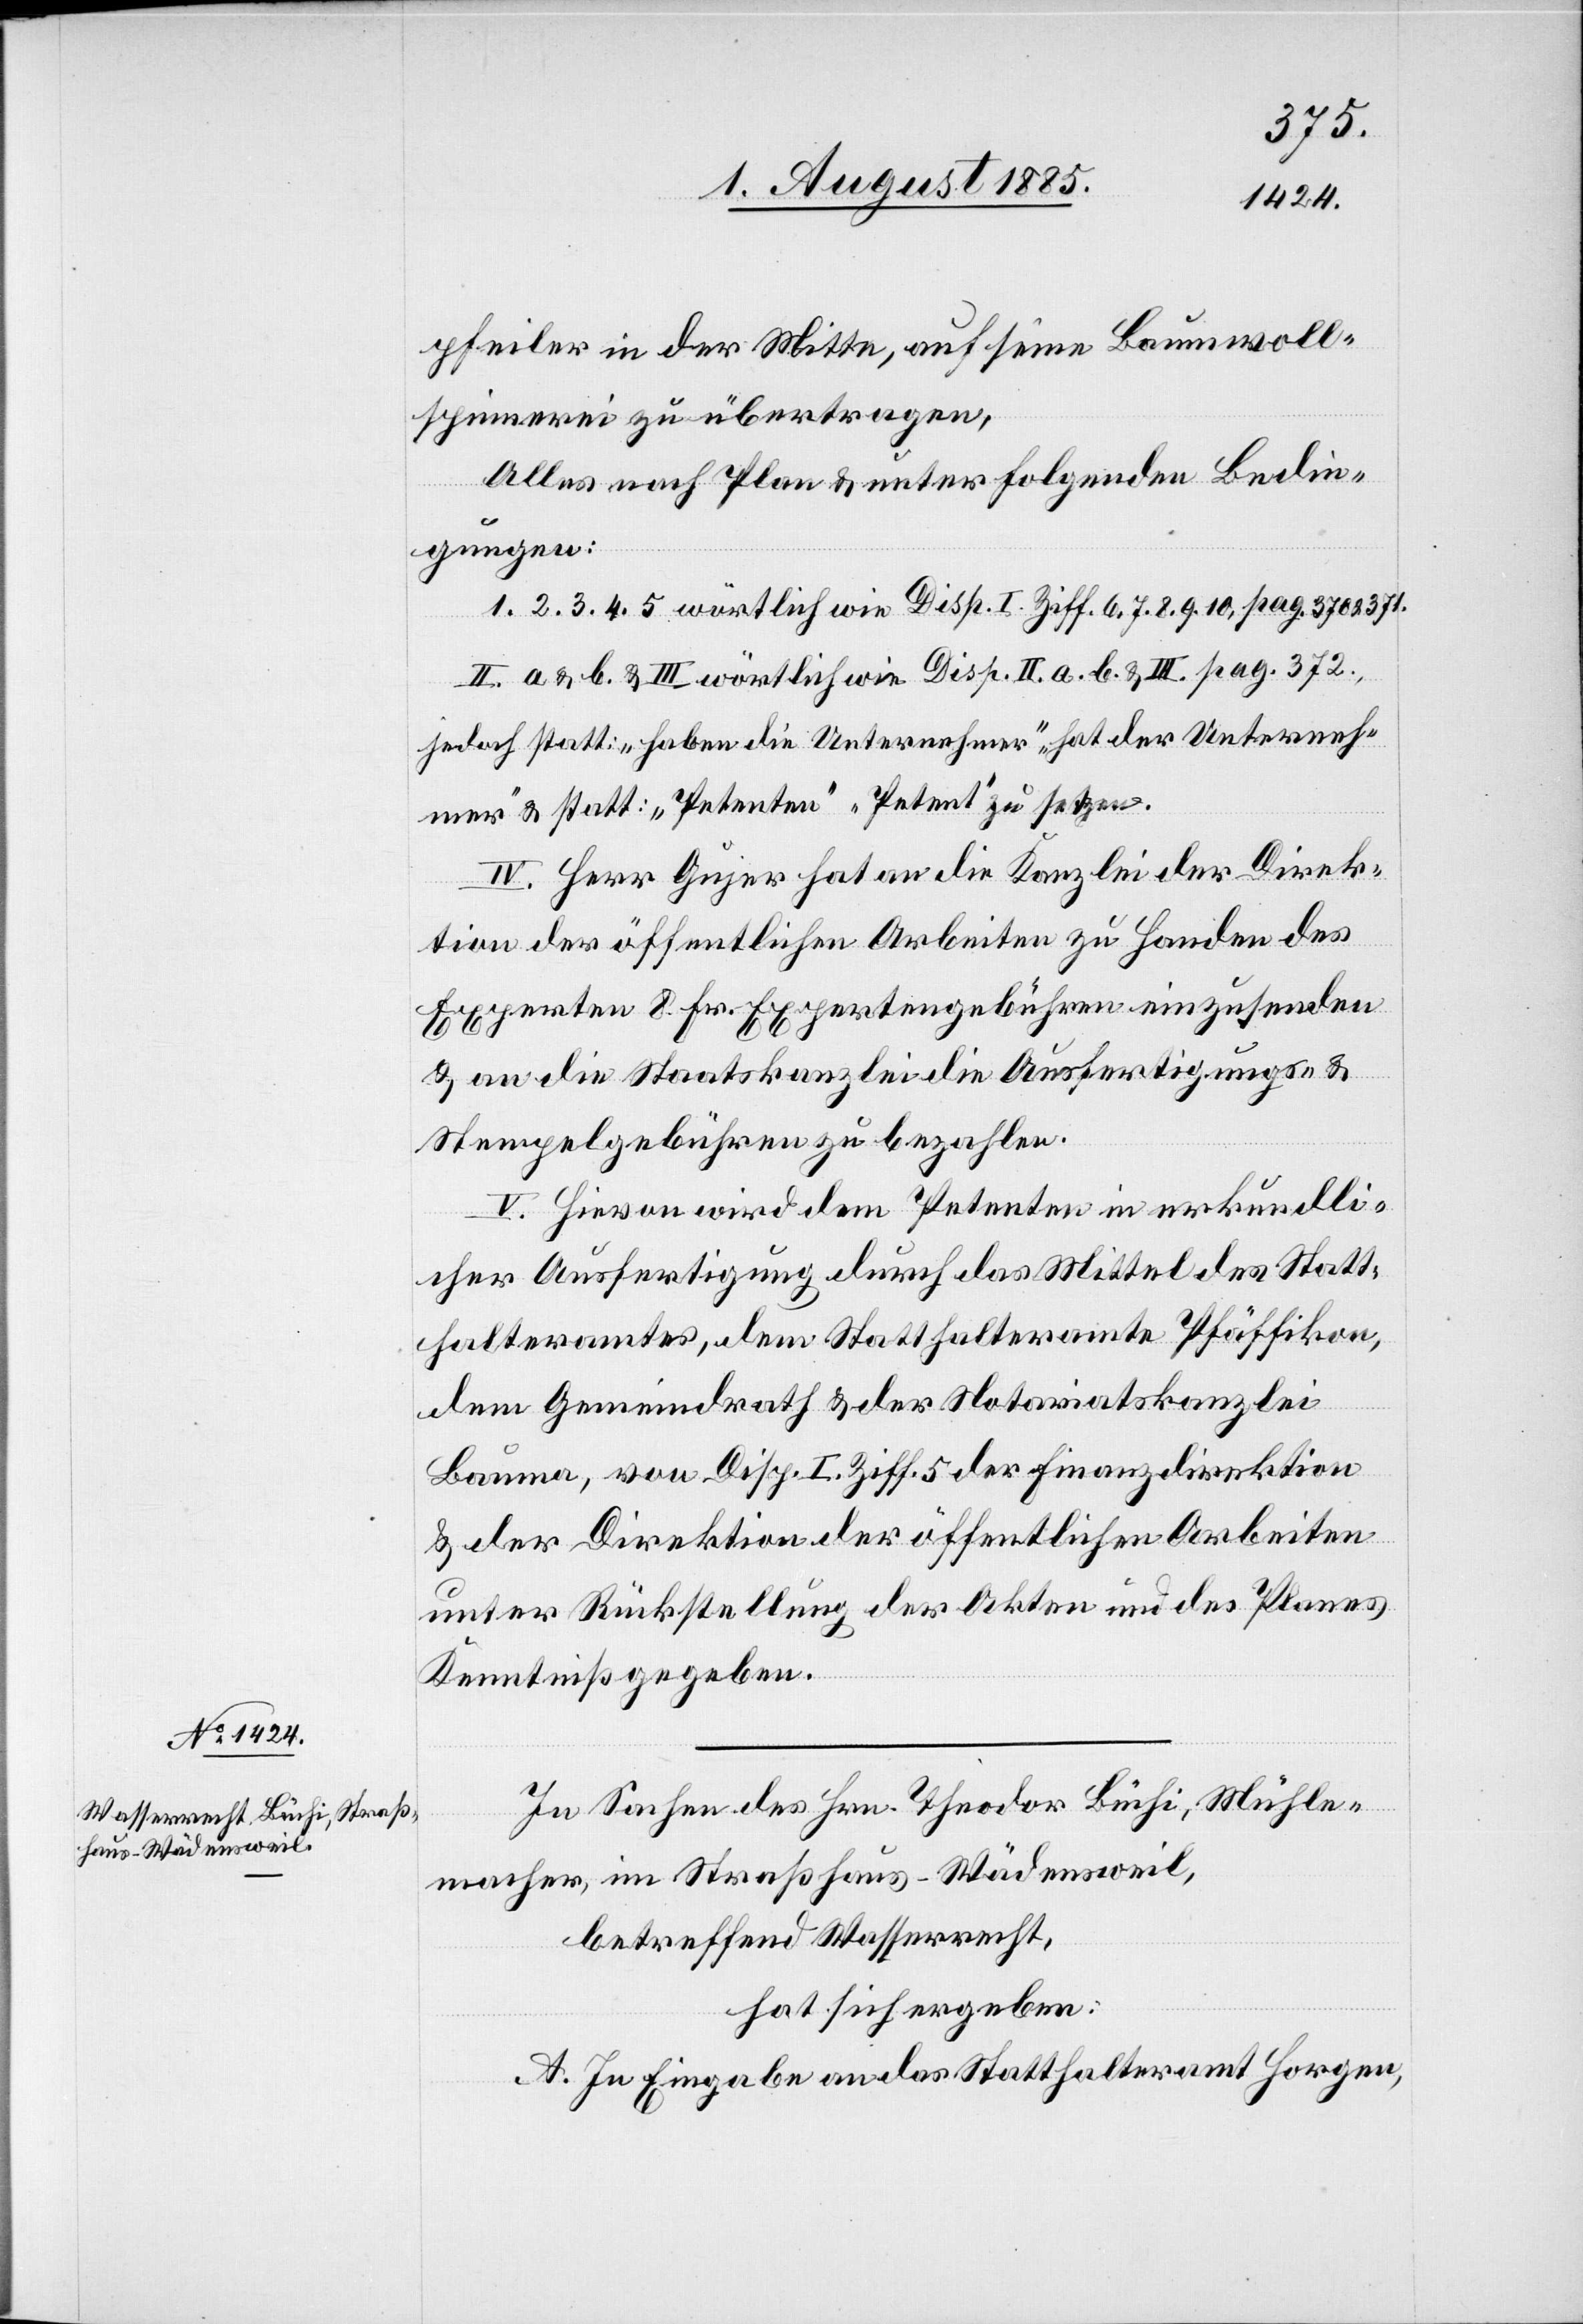
pfeiler in der Mitte, auf seine Baumwoll¬
spinnerei zu übertragen,
Alles nach Plan & unter folgenden Bedin¬
gungen:
1. 2. 3. 4. 5. wörtlich wie Disp. I. Ziff. 6. 7. 8. 9. 10, pag. 370 & 371.
II. a & b. & III. wörtlich wie Disp. II. a. b. & III. pag. 372.,
jedoch statt: „haben die Unternehmer“ „hat der Unterneh¬
mer“ & statt: „Petenten“ „Petent“ zu setzen.
Herr Gujer hat an die Kanzlei der Direk¬
tion der öffentlichen Arbeiten zu Handen des
Experten 8 Fr. Expertengebühren einzusenden
& an die Staatskanzlei die Ausfertigungs- &
Stempelgebühren zu bezahlen.
V. Hievon wird dem Petenten in urkundli¬
cher Ausfertigung durch das Mittel des Statt¬
halteramtes, dem Statthalteramte Pfäffikon,
dem Gemeindrath & der Notariatskanzlei
Bauma, von Disp. I. Ziff. 5 der Finanzdirektion
& der Direktion der öffentlichen Arbeiten
unter Rückstellung der Akten und des Planes
Kenntniß gegeben.
In Sachen des Hrn. Theodor Büchi, Mühle¬
macher, im Straßhaus - Wädensweil,
betreffend Wasserrecht,
hat sich ergeben:
A. In Eingabe an das Statthalteramt Horgen,